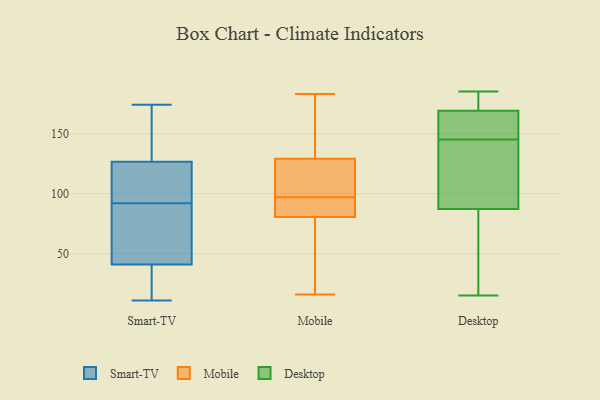
{"axis": {"x": "Gross Profit (USD K)", "y": "Value"}, "legend": ["Desktop", "Mobile", "Smart-TV"], "data": [{"x": "", "y": 142, "type": "Smart-TV"}, {"x": "", "y": 114, "type": "Smart-TV"}, {"x": "", "y": 11, "type": "Smart-TV"}, {"x": "", "y": 129, "type": "Smart-TV"}, {"x": "", "y": 68, "type": "Smart-TV"}, {"x": "", "y": 37, "type": "Smart-TV"}, {"x": "", "y": 92, "type": "Smart-TV"}, {"x": "", "y": 124, "type": "Smart-TV"}, {"x": "", "y": 174, "type": "Smart-TV"}, {"x": "", "y": 44, "type": "Smart-TV"}, {"x": "", "y": 92, "type": "Smart-TV"}, {"x": "", "y": 38, "type": "Smart-TV"}, {"x": "", "y": 83, "type": "Mobile"}, {"x": "", "y": 107, "type": "Mobile"}, {"x": "", "y": 16, "type": "Mobile"}, {"x": "", "y": 129, "type": "Mobile"}, {"x": "", "y": 129, "type": "Mobile"}, {"x": "", "y": 183, "type": "Mobile"}, {"x": "", "y": 87, "type": "Mobile"}, {"x": "", "y": 81, "type": "Mobile"}, {"x": "", "y": 137, "type": "Mobile"}, {"x": "", "y": 115, "type": "Mobile"}, {"x": "", "y": 56, "type": "Mobile"}, {"x": "", "y": 80, "type": "Mobile"}, {"x": "", "y": 178, "type": "Desktop"}, {"x": "", "y": 155, "type": "Desktop"}, {"x": "", "y": 97, "type": "Desktop"}, {"x": "", "y": 126, "type": "Desktop"}, {"x": "", "y": 91, "type": "Desktop"}, {"x": "", "y": 167, "type": "Desktop"}, {"x": "", "y": 174, "type": "Desktop"}, {"x": "", "y": 169, "type": "Desktop"}, {"x": "", "y": 169, "type": "Desktop"}, {"x": "", "y": 145, "type": "Desktop"}, {"x": "", "y": 73, "type": "Desktop"}, {"x": "", "y": 151, "type": "Desktop"}, {"x": "", "y": 185, "type": "Desktop"}, {"x": "", "y": 119, "type": "Desktop"}, {"x": "", "y": 15, "type": "Desktop"}, {"x": "", "y": 76, "type": "Desktop"}, {"x": "", "y": 46, "type": "Desktop"}]}